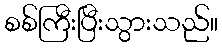
စစ်ကြီးပြီးသွားသည်။